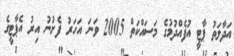
އަދާލަތު ޕާޓީ އުފެއްދުމުގެ މަސައްކަތް 2005 ވަނަ އަހަރު ފެށުނު އިރު އެޕާޓީގެ